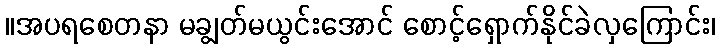
။အပရစေတနာ မချွတ်မယွင်းအောင် စောင့်ရှောက်နိုင်ခဲလှကြောင်း၊